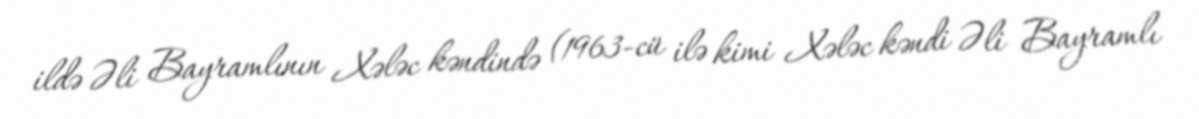
ildə Əli Bayramlının Xələc kəndində (1963-cü ilə kimi Xələc kəndi Əli Bayramlı